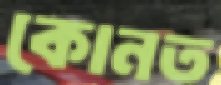
কোনত